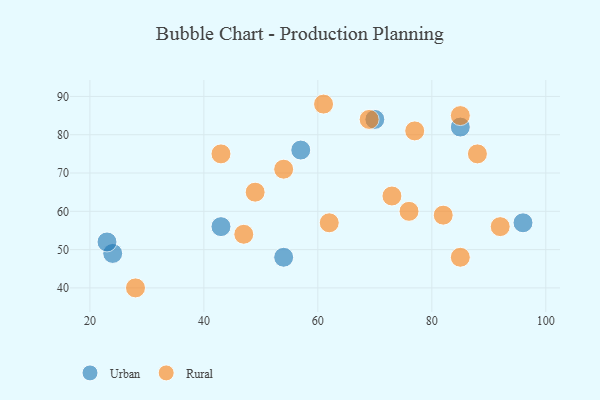
{"axis": {"x": "GDP", "y": "Life Expectancy"}, "legend": ["Rural", "Urban"], "data": [{"x": "54", "y": 48, "type": "Urban"}, {"x": "24", "y": 49, "type": "Urban"}, {"x": "70", "y": 84, "type": "Urban"}, {"x": "23", "y": 52, "type": "Urban"}, {"x": "85", "y": 82, "type": "Urban"}, {"x": "96", "y": 57, "type": "Urban"}, {"x": "43", "y": 56, "type": "Urban"}, {"x": "57", "y": 76, "type": "Urban"}, {"x": "43", "y": 75, "type": "Rural"}, {"x": "54", "y": 71, "type": "Rural"}, {"x": "76", "y": 60, "type": "Rural"}, {"x": "73", "y": 64, "type": "Rural"}, {"x": "88", "y": 75, "type": "Rural"}, {"x": "92", "y": 56, "type": "Rural"}, {"x": "47", "y": 54, "type": "Rural"}, {"x": "82", "y": 59, "type": "Rural"}, {"x": "69", "y": 84, "type": "Rural"}, {"x": "49", "y": 65, "type": "Rural"}, {"x": "85", "y": 48, "type": "Rural"}, {"x": "62", "y": 57, "type": "Rural"}, {"x": "77", "y": 81, "type": "Rural"}, {"x": "28", "y": 40, "type": "Rural"}, {"x": "85", "y": 85, "type": "Rural"}, {"x": "61", "y": 88, "type": "Rural"}]}